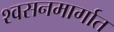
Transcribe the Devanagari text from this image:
श्वसनमार्गात